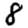
Digit: 8